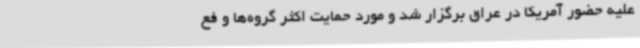
علیه حضور آمریکا در عراق برگزار شد و مورد حمایت اکثر گروه‌ها و فع